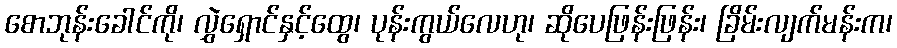
စောဘုန်းခေါင်ကို၊ လွှဲရှောင်နှင့်ထွေ၊ ပုန်းကွယ်လေဟု၊ ဆိုပေဖြန်းဖြန်း၊ ခြိမ်းလျက်မန်းက၊